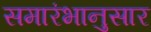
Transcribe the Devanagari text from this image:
समारंभानुसार